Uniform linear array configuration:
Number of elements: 8
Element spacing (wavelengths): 0.5
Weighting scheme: hann
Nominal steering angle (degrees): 15
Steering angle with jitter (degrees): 14.567
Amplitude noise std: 0.05
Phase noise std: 0.05

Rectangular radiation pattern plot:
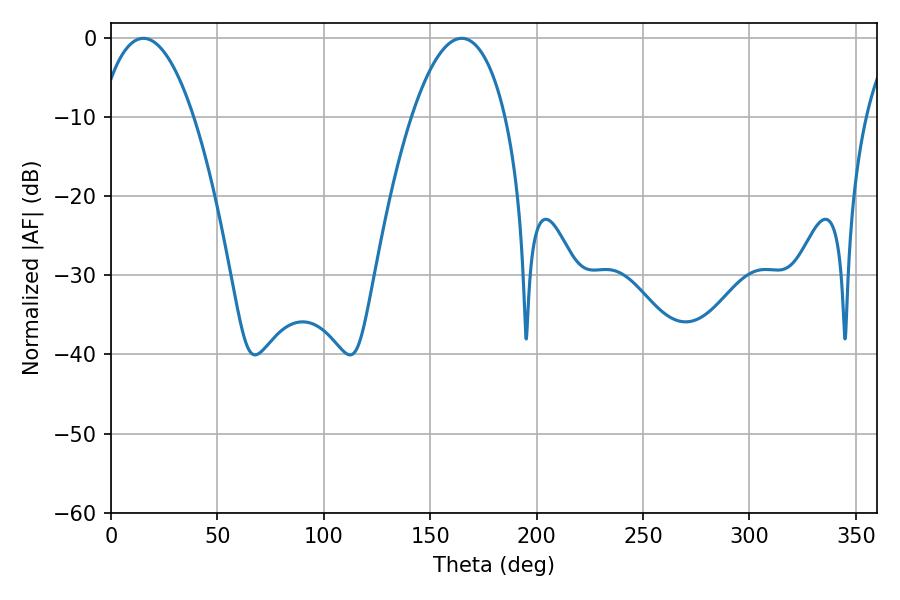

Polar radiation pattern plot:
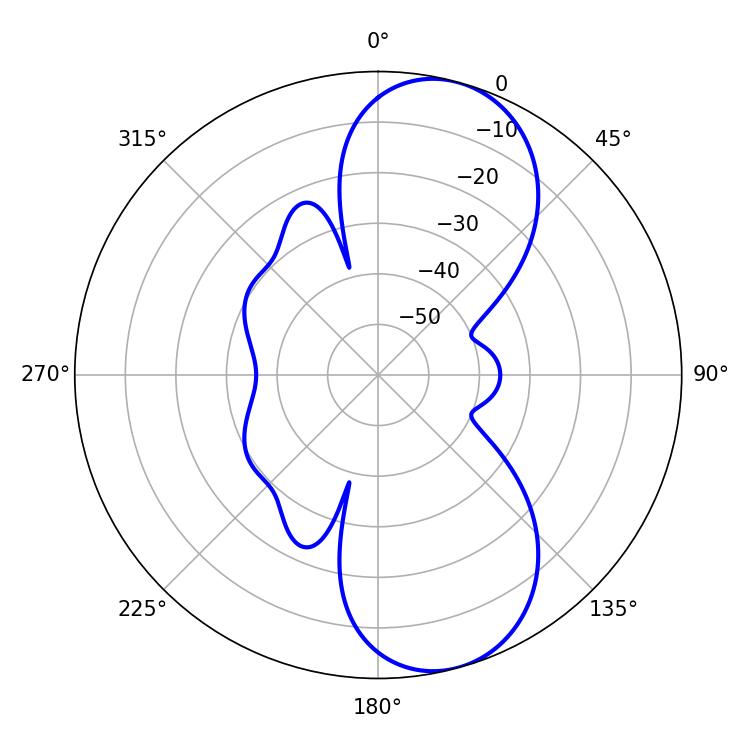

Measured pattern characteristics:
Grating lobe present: FALSE
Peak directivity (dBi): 9.056
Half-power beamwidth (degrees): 24.48
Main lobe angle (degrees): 15.3